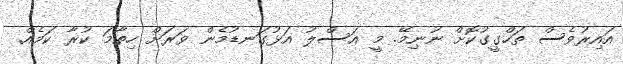
އައިރުވެސް ތަހްގީގުކޮށް ނުނިމޭ. މީ އަސްލު އަޅުގަނޑުމެން ވަރަށް ހިތާމަ ކުރާ ކަމެއް.